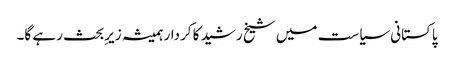
پاکستانی سیاست میں شیخ رشید کا کردار ہمیشہ زیرِبحث رہے گا۔